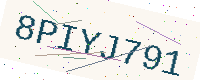
Text: 8PIYJ791